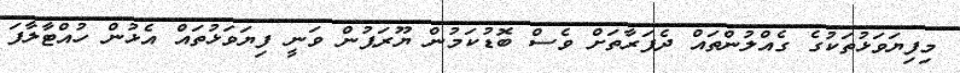
މިފިޔަވަޅުތަކުގެ ގެއްލުންތައް ދެފަރާތަށް ވެސް ބޮޑުކަމުން ޔޫރަޕުން ވަނީ ފިޔަވަޅުތައް އެޅުން ހުއްޓާލާފަ